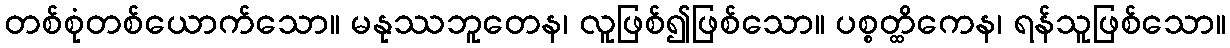
တစ်စုံတစ်ယောက်သော။ မနုဿဘူတေန၊ လူဖြစ်၍ဖြစ်သော။ ပစ္စတ္ထိကေန၊ ရန်သူဖြစ်သော။